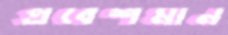
প্রবেশমান